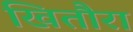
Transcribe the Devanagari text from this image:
खितौरा